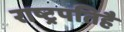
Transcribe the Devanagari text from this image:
राष्ट्रपतिहै